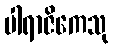
ပါရာဇိကေသု